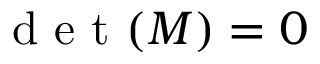
\mathrm { ~ d ~ e ~ t ~ } ( M ) = 0